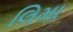
લિમા